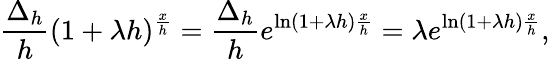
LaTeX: {\frac{\Delta_{h}}{h}}(1+\lambda h)^{\frac{x}{h}}={\frac{\Delta_{h}}{h}}e^{\ln(1+\lambda h){\frac{x}{h}}}=\lambda e^{\ln(1+\lambda h){\frac{x}{h}}},